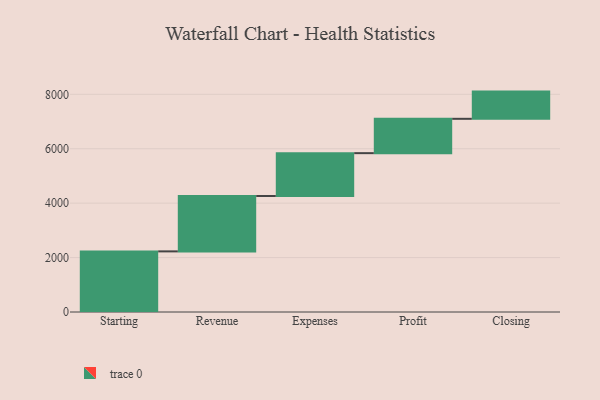
{"axis": {"x": "Step", "y": "Value"}, "legend": [""], "data": [{"x": "Starting", "y": 2228.0, "type": ""}, {"x": "Revenue", "y": 2036.0, "type": ""}, {"x": "Expenses", "y": 1574.0, "type": ""}, {"x": "Profit", "y": 1262.0, "type": ""}, {"x": "Closing", "y": 1000, "type": ""}]}